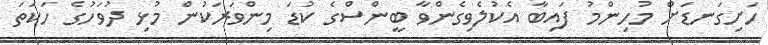
ހަށިގަނޑަށް މުހިންމު ފައިބާ އެކުލެވިގެންވާ ބީންސްގެ ކުޑަ މިންވަރަކުން މުޅި ދުވަހުގެ ހަކަތަ